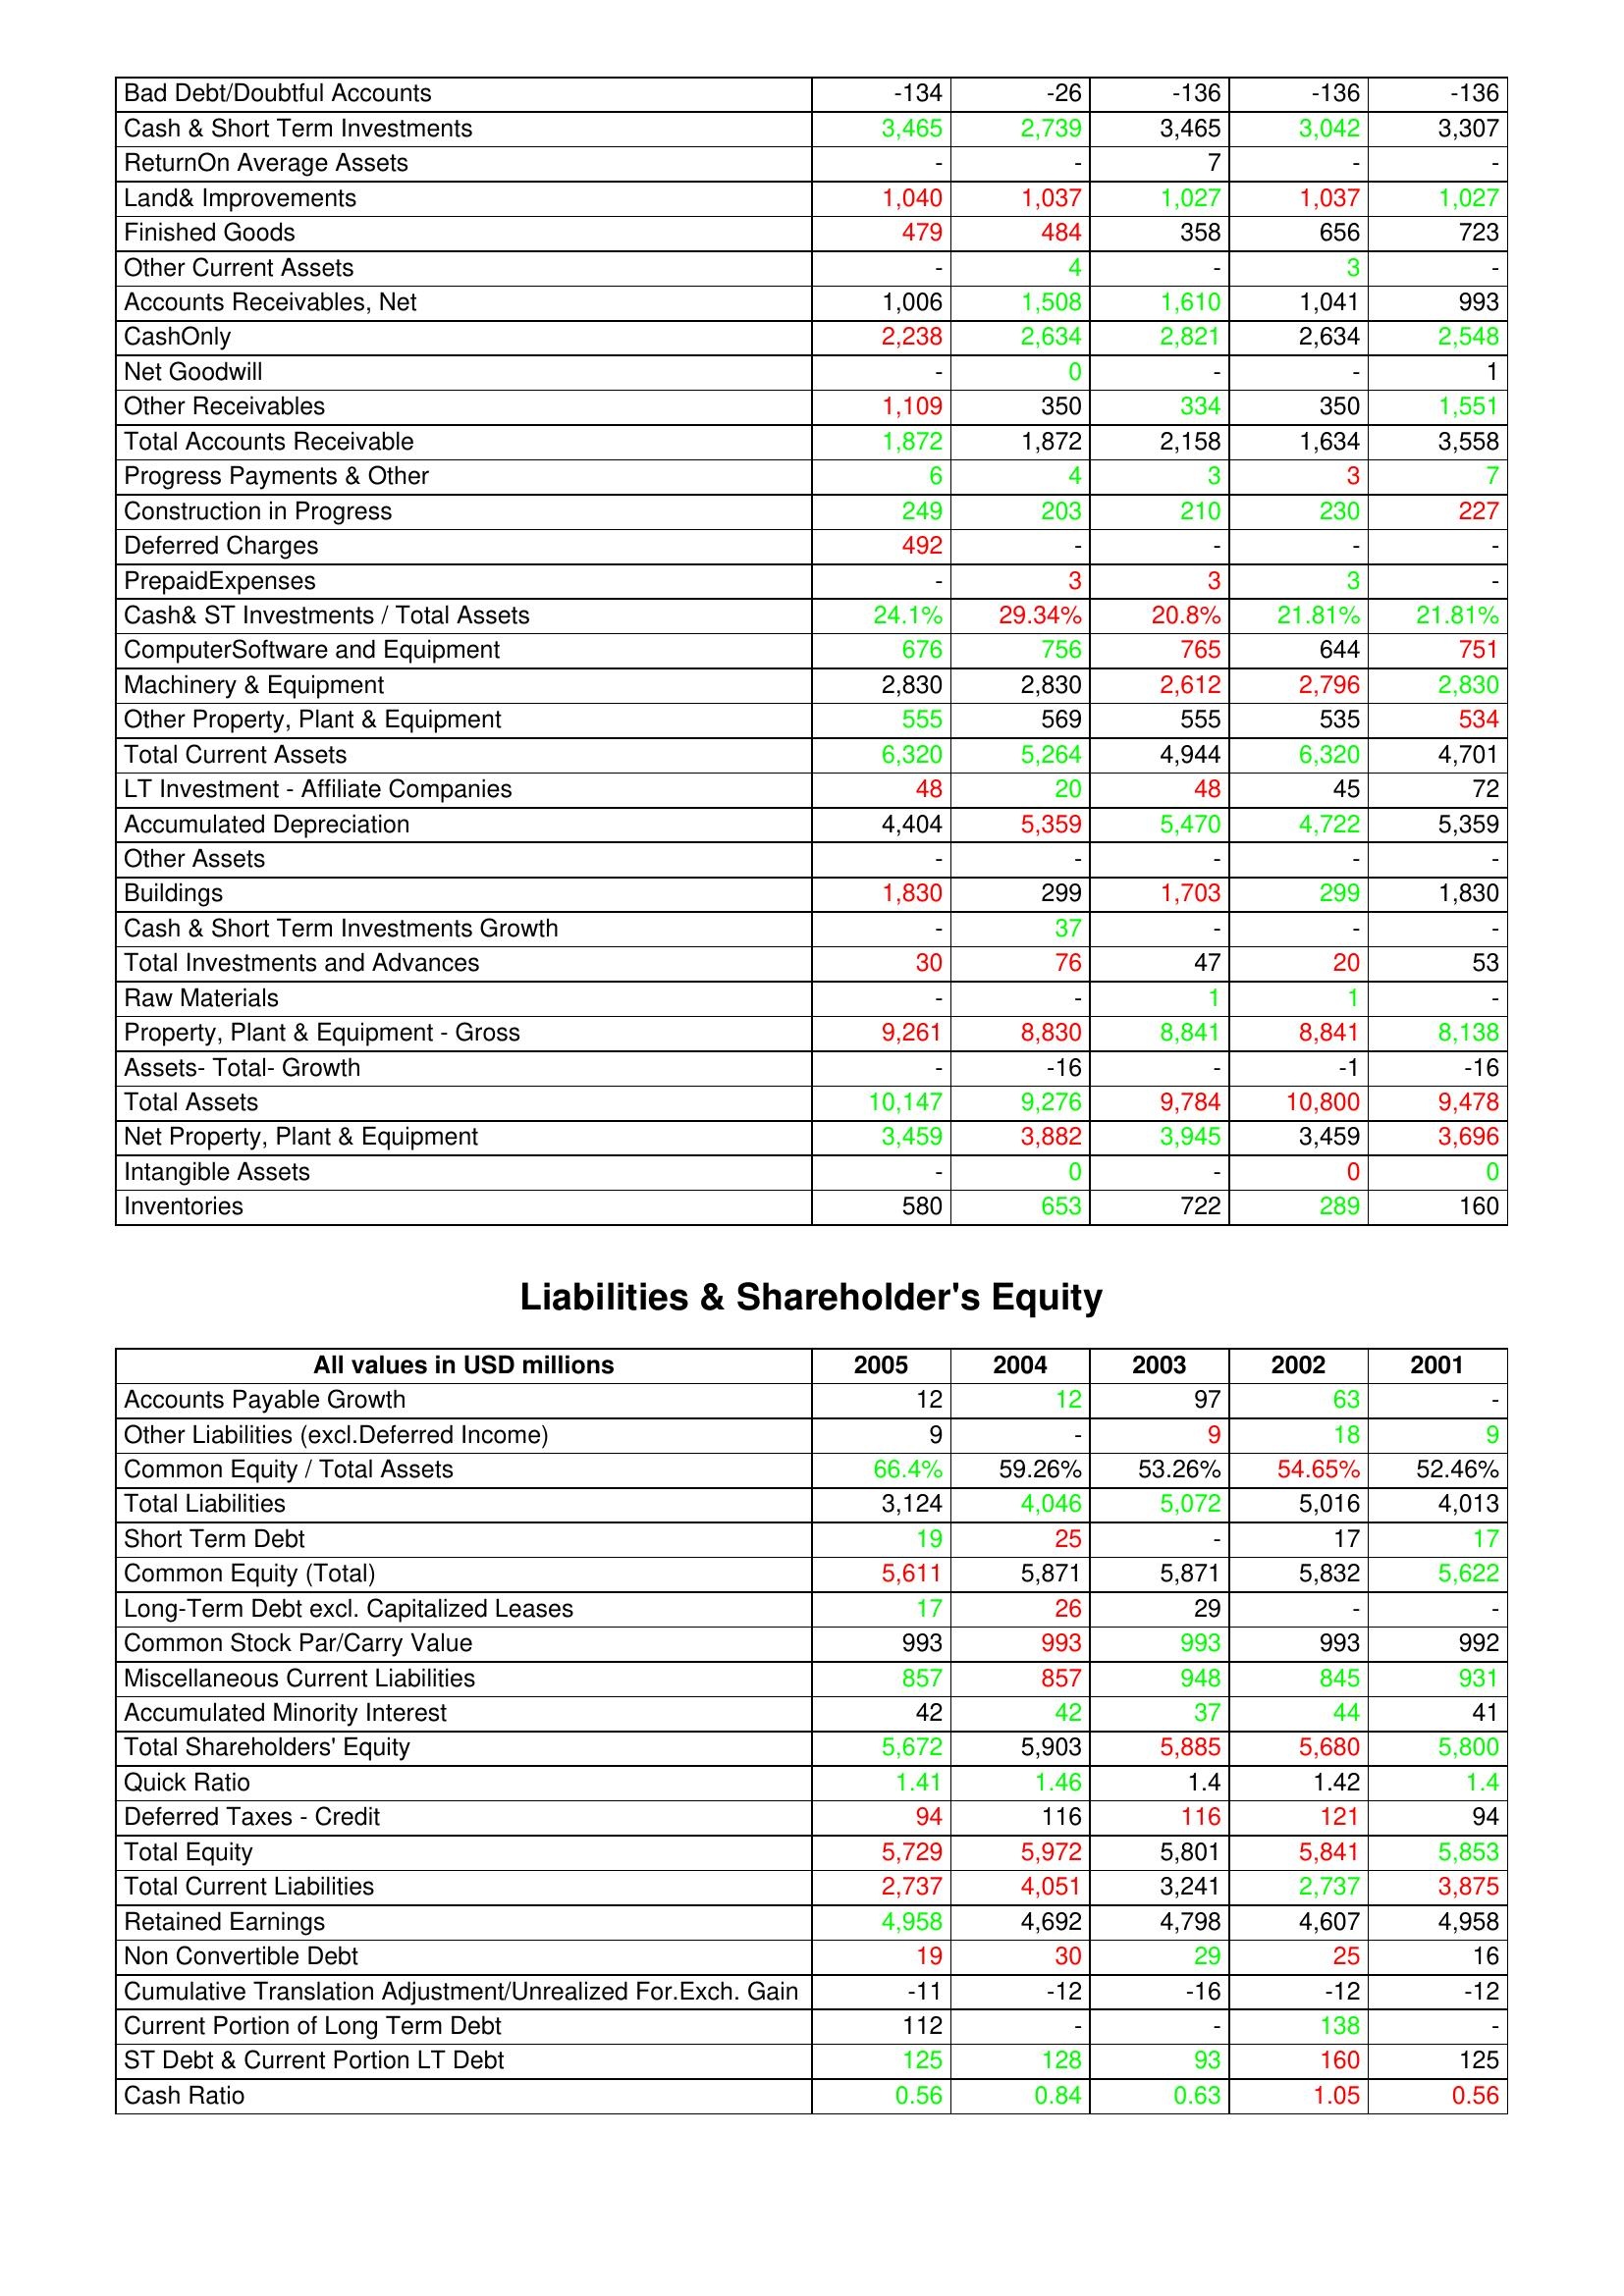
gt_parse: 2005: Assets: Bad Debt/Doubtful Accounts: -134
Cash & Short Term Investments: 3,465
ReturnOn Average Assets: -
Land& Improvements: 1,040
Finished Goods: 479
Other Current Assets: -
Accounts Receivables, Net: 1,006
CashOnly: 2,238
Net Goodwill: -
Other Receivables: 1,109
Total Accounts Receivable: 1,872
Progress Payments & Other: 6
Construction in Progress: 249
Deferred Charges: 492
PrepaidExpenses: -
Cash& ST Investments / Total Assets: 24.1%
ComputerSoftware and Equipment: 676
Machinery & Equipment: 2,830
Other Property, Plant & Equipment: 555
Total Current Assets: 6,320
LT Investment - Affiliate Companies: 48
Accumulated Depreciation: 4,404
Other Assets: -
Buildings: 1,830
Cash & Short Term Investments Growth: -
Total Investments and Advances: 30
Raw Materials: -
Property, Plant & Equipment - Gross : 9,261
Assets- Total- Growth: -
Total Assets: 10,147
Net Property, Plant & Equipment: 3,459
Intangible Assets: -
Inventories: 580
Liabilities & Shareholder's Equity: Accounts Payable Growth: 12
Other Liabilities (excl.Deferred Income): 9
Common Equity / Total Assets: 66.4%
Total Liabilities: 3,124
Short Term Debt: 19
Common Equity (Total): 5,611
Long-Term Debt excl. Capitalized Leases: 17
Common Stock Par/Carry Value: 993
Miscellaneous Current Liabilities: 857
Accumulated Minority Interest: 42
Total Shareholders' Equity: 5,672
Quick Ratio: 1.41
Deferred Taxes - Credit: 94
Total Equity: 5,729
Total Current Liabilities: 2,737
Retained Earnings: 4,958
Non Convertible Debt: 19
Cumulative Translation Adjustment/Unrealized For.Exch. Gain: -11
Current Portion of Long Term Debt: 112
ST Debt & Current Portion LT Debt: 125
Cash Ratio: 0.56
2004: Assets: Bad Debt/Doubtful Accounts: -26
Cash & Short Term Investments: 2,739
ReturnOn Average Assets: -
Land& Improvements: 1,037
Finished Goods: 484
Other Current Assets: 4
Accounts Receivables, Net: 1,508
CashOnly: 2,634
Net Goodwill: 0
Other Receivables: 350
Total Accounts Receivable: 1,872
Progress Payments & Other: 4
Construction in Progress: 203
Deferred Charges: -
PrepaidExpenses: 3
Cash& ST Investments / Total Assets: 29.34%
ComputerSoftware and Equipment: 756
Machinery & Equipment: 2,830
Other Property, Plant & Equipment: 569
Total Current Assets: 5,264
LT Investment - Affiliate Companies: 20
Accumulated Depreciation: 5,359
Other Assets: -
Buildings: 299
Cash & Short Term Investments Growth: 37
Total Investments and Advances: 76
Raw Materials: -
Property, Plant & Equipment - Gross : 8,830
Assets- Total- Growth: -16
Total Assets: 9,276
Net Property, Plant & Equipment: 3,882
Intangible Assets: 0
Inventories: 653
Liabilities & Shareholder's Equity: Accounts Payable Growth: 12
Other Liabilities (excl.Deferred Income): -
Common Equity / Total Assets: 59.26%
Total Liabilities: 4,046
Short Term Debt: 25
Common Equity (Total): 5,871
Long-Term Debt excl. Capitalized Leases: 26
Common Stock Par/Carry Value: 993
Miscellaneous Current Liabilities: 857
Accumulated Minority Interest: 42
Total Shareholders' Equity: 5,903
Quick Ratio: 1.46
Deferred Taxes - Credit: 116
Total Equity: 5,972
Total Current Liabilities: 4,051
Retained Earnings: 4,692
Non Convertible Debt: 30
Cumulative Translation Adjustment/Unrealized For.Exch. Gain: -12
Current Portion of Long Term Debt: -
ST Debt & Current Portion LT Debt: 128
Cash Ratio: 0.84
2003: Assets: Bad Debt/Doubtful Accounts: -136
Cash & Short Term Investments: 3,465
ReturnOn Average Assets: 7
Land& Improvements: 1,027
Finished Goods: 358
Other Current Assets: -
Accounts Receivables, Net: 1,610
CashOnly: 2,821
Net Goodwill: -
Other Receivables: 334
Total Accounts Receivable: 2,158
Progress Payments & Other: 3
Construction in Progress: 210
Deferred Charges: -
PrepaidExpenses: 3
Cash& ST Investments / Total Assets: 20.8%
ComputerSoftware and Equipment: 765
Machinery & Equipment: 2,612
Other Property, Plant & Equipment: 555
Total Current Assets: 4,944
LT Investment - Affiliate Companies: 48
Accumulated Depreciation: 5,470
Other Assets: -
Buildings: 1,703
Cash & Short Term Investments Growth: -
Total Investments and Advances: 47
Raw Materials: 1
Property, Plant & Equipment - Gross : 8,841
Assets- Total- Growth: -
Total Assets: 9,784
Net Property, Plant & Equipment: 3,945
Intangible Assets: -
Inventories: 722
Liabilities & Shareholder's Equity: Accounts Payable Growth: 97
Other Liabilities (excl.Deferred Income): 9
Common Equity / Total Assets: 53.26%
Total Liabilities: 5,072
Short Term Debt: -
Common Equity (Total): 5,871
Long-Term Debt excl. Capitalized Leases: 29
Common Stock Par/Carry Value: 993
Miscellaneous Current Liabilities: 948
Accumulated Minority Interest: 37
Total Shareholders' Equity: 5,885
Quick Ratio: 1.4
Deferred Taxes - Credit: 116
Total Equity: 5,801
Total Current Liabilities: 3,241
Retained Earnings: 4,798
Non Convertible Debt: 29
Cumulative Translation Adjustment/Unrealized For.Exch. Gain: -16
Current Portion of Long Term Debt: -
ST Debt & Current Portion LT Debt: 93
Cash Ratio: 0.63
2002: Assets: Bad Debt/Doubtful Accounts: -136
Cash & Short Term Investments: 3,042
ReturnOn Average Assets: -
Land& Improvements: 1,037
Finished Goods: 656
Other Current Assets: 3
Accounts Receivables, Net: 1,041
CashOnly: 2,634
Net Goodwill: -
Other Receivables: 350
Total Accounts Receivable: 1,634
Progress Payments & Other: 3
Construction in Progress: 230
Deferred Charges: -
PrepaidExpenses: 3
Cash& ST Investments / Total Assets: 21.81%
ComputerSoftware and Equipment: 644
Machinery & Equipment: 2,796
Other Property, Plant & Equipment: 535
Total Current Assets: 6,320
LT Investment - Affiliate Companies: 45
Accumulated Depreciation: 4,722
Other Assets: -
Buildings: 299
Cash & Short Term Investments Growth: -
Total Investments and Advances: 20
Raw Materials: 1
Property, Plant & Equipment - Gross : 8,841
Assets- Total- Growth: -1
Total Assets: 10,800
Net Property, Plant & Equipment: 3,459
Intangible Assets: 0
Inventories: 289
Liabilities & Shareholder's Equity: Accounts Payable Growth: 63
Other Liabilities (excl.Deferred Income): 18
Common Equity / Total Assets: 54.65%
Total Liabilities: 5,016
Short Term Debt: 17
Common Equity (Total): 5,832
Long-Term Debt excl. Capitalized Leases: -
Common Stock Par/Carry Value: 993
Miscellaneous Current Liabilities: 845
Accumulated Minority Interest: 44
Total Shareholders' Equity: 5,680
Quick Ratio: 1.42
Deferred Taxes - Credit: 121
Total Equity: 5,841
Total Current Liabilities: 2,737
Retained Earnings: 4,607
Non Convertible Debt: 25
Cumulative Translation Adjustment/Unrealized For.Exch. Gain: -12
Current Portion of Long Term Debt: 138
ST Debt & Current Portion LT Debt: 160
Cash Ratio: 1.05
2001: Assets: Bad Debt/Doubtful Accounts: -136
Cash & Short Term Investments: 3,307
ReturnOn Average Assets: -
Land& Improvements: 1,027
Finished Goods: 723
Other Current Assets: -
Accounts Receivables, Net: 993
CashOnly: 2,548
Net Goodwill: 1
Other Receivables: 1,551
Total Accounts Receivable: 3,558
Progress Payments & Other: 7
Construction in Progress: 227
Deferred Charges: -
PrepaidExpenses: -
Cash& ST Investments / Total Assets: 21.81%
ComputerSoftware and Equipment: 751
Machinery & Equipment: 2,830
Other Property, Plant & Equipment: 534
Total Current Assets: 4,701
LT Investment - Affiliate Companies: 72
Accumulated Depreciation: 5,359
Other Assets: -
Buildings: 1,830
Cash & Short Term Investments Growth: -
Total Investments and Advances: 53
Raw Materials: -
Property, Plant & Equipment - Gross : 8,138
Assets- Total- Growth: -16
Total Assets: 9,478
Net Property, Plant & Equipment: 3,696
Intangible Assets: 0
Inventories: 160
Liabilities & Shareholder's Equity: Accounts Payable Growth: -
Other Liabilities (excl.Deferred Income): 9
Common Equity / Total Assets: 52.46%
Total Liabilities: 4,013
Short Term Debt: 17
Common Equity (Total): 5,622
Long-Term Debt excl. Capitalized Leases: -
Common Stock Par/Carry Value: 992
Miscellaneous Current Liabilities: 931
Accumulated Minority Interest: 41
Total Shareholders' Equity: 5,800
Quick Ratio: 1.4
Deferred Taxes - Credit: 94
Total Equity: 5,853
Total Current Liabilities: 3,875
Retained Earnings: 4,958
Non Convertible Debt: 16
Cumulative Translation Adjustment/Unrealized For.Exch. Gain: -12
Current Portion of Long Term Debt: -
ST Debt & Current Portion LT Debt: 125
Cash Ratio: 0.56